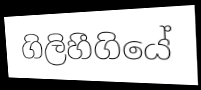
ගිලිහීගියේ